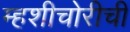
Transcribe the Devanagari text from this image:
म्हशीचोरीची